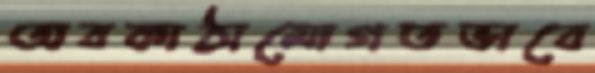
অবকাঠামোগতভাবে